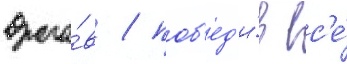
враго́в / поб'ед'и́в вс'е́